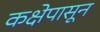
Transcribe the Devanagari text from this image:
कक्षेपासून